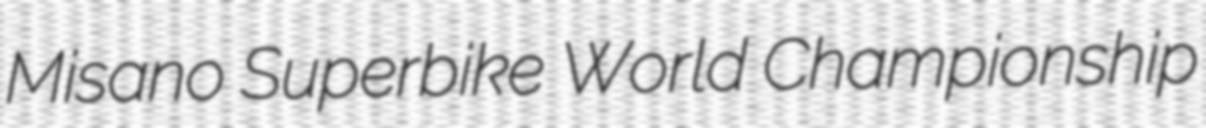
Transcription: Misano Superbike World Championship